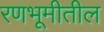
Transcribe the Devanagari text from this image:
रणभूमीतील